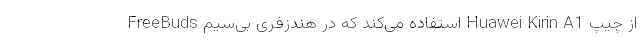
از چیپ Huawei Kirin A1 استفاده می‌کند که در هندزفری بی‌سیم FreeBuds